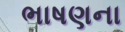
ભાષણના